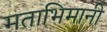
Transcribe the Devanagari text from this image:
मताभिमानी